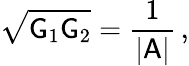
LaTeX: \sqrt{\mathsf{G}_{1}\mathsf{G}_{2}}=\frac{1}{|\mathsf{A}|}\, ,